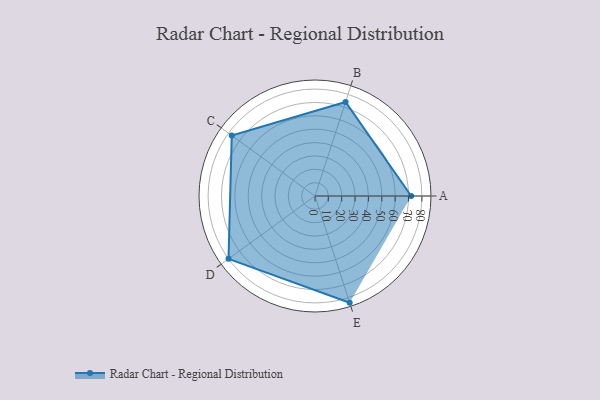
{"axis": {"x": "Skill", "y": "Score"}, "legend": ["Profile"], "data": [{"x": "A", "y": 72.0, "type": "Profile"}, {"x": "B", "y": 74.0, "type": "Profile"}, {"x": "C", "y": 77.0, "type": "Profile"}, {"x": "D", "y": 80.0, "type": "Profile"}, {"x": "E", "y": 84.0, "type": "Profile"}]}